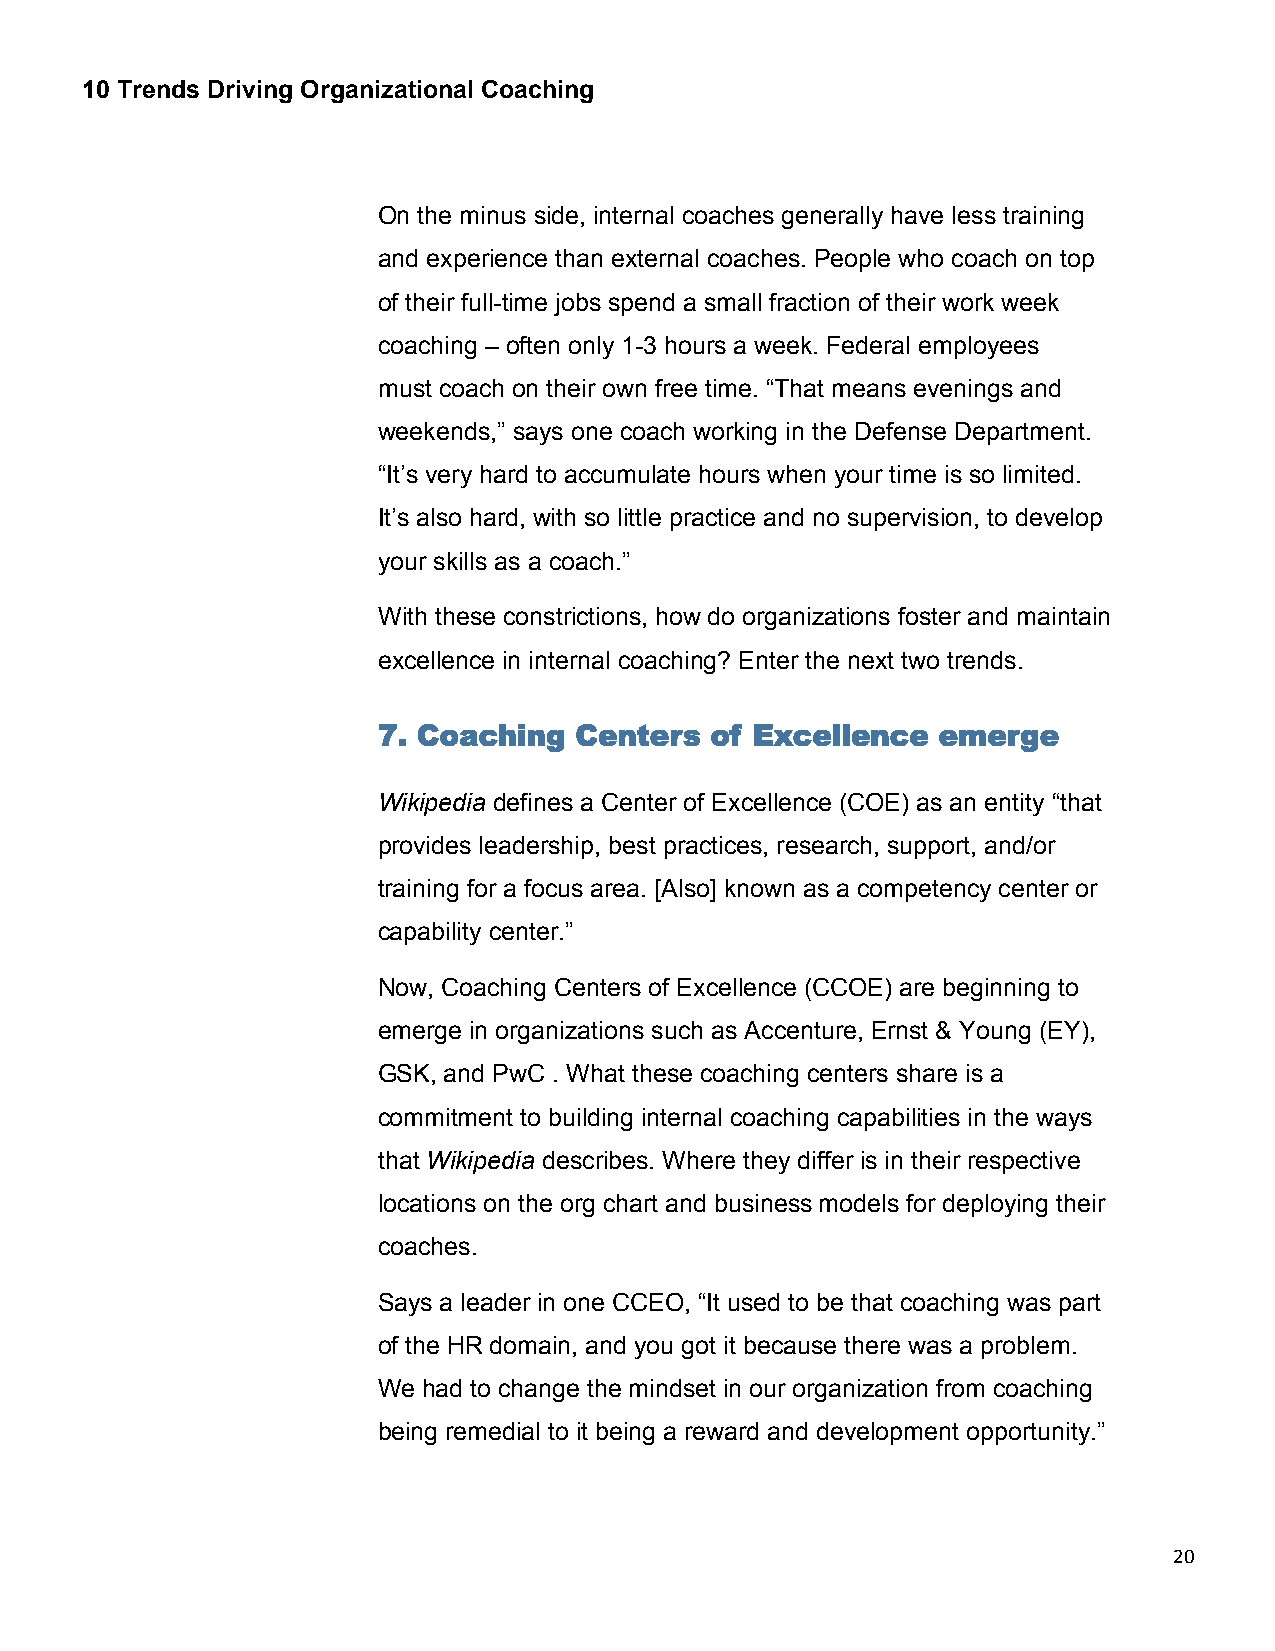
10 Trends Driving Organizational Coaching
 On the minus side, internal coaches generally have less training
 and experience than external coaches. People who coach on top
 of their full-time jobs spend a small fraction of their work week
 coaching – often only 1-3 hours a week. Federal employees
 must coach on their own free time. “That means evenings and
 weekends,” says one coach working in the Defense Department.
 “It’s very hard to accumulate hours when your time is so limited.
 It’s also hard, with so little practice and no supervision, to develop
 your skills as a coach.”
 With these constrictions, how do organizations foster and maintain
 excellence in internal coaching? Enter the next two trends.
 7. Coaching  Centers  of Excellence  emerge
 Wikipedia defines a Center of Excellence (COE) as an entity “that
 provides leadership, best practices, research, support, and/or
 training for a focus area. [Also] known as a competency center or
 capability center.”
 Now, Coaching Centers of Excellence (CCOE) are beginning to
 emerge in organizations such as Accenture, Ernst & Young (EY),
 GSK, and PwC . What these coaching centers share is a
 commitment to building internal coaching capabilities in the ways
 that Wikipedia describes. Where they differ is in their respective
 locations on the org chart and business models for deploying their
 coaches.
 Says a leader in one CCEO, “It used to be that coaching was part
 of the HR domain, and you got it because there was a problem.
 We had to change the mindset in our organization from coaching
 being remedial to it being a reward and development opportunity.”
 20